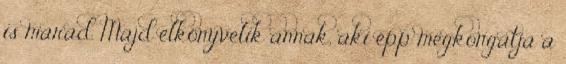
is marad. Majd elkönyvelik annak, aki épp megkongatja a